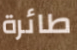
طائرة